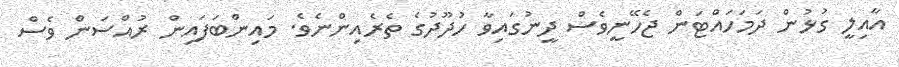
އާއިލީ ގުޅުން ދަމަހައްޓަން ޖެހޭނީވެސް ދީނުގައިވާ ހުދޫދުގެ ތެރެއިންނެވެ. މައިންބަފައިން ރުއްސަން ވެސް